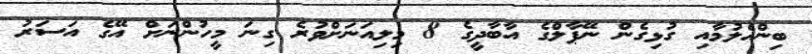
ބިންހެލުމާއި ގުޅިގެން ނޭޕާލްގެ އާބާދީގެ 8 މިލިއަނަށްވުރެ ގިނަ މީހުންނަށް އޭގެ އަސަރު